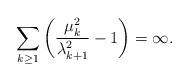
LaTeX: \begin{align*}\sum_{k\ge 1}\left(\frac{\mu_k^2}{\lambda_{k+1}^2} -1\right) = \infty .\end{align*}